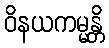
ဝိနယကမ္မန္တိ